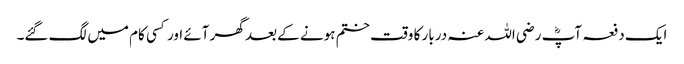
ایک دفعہ آپؓ رضی اللہ عنہ دربار کا وقت ختم ہونے کے بعد گھر آئے اور کسی کام میں لگ گئے۔